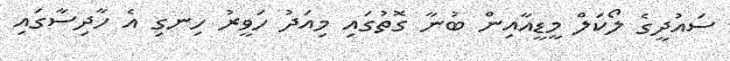
ސައުދީގެ ލޯކަލް މީޑީއާއިން ބުނާ ގޮތުގައި މިއަދު ހަވީރު ހިނގި އެ ހާދިސާގައި